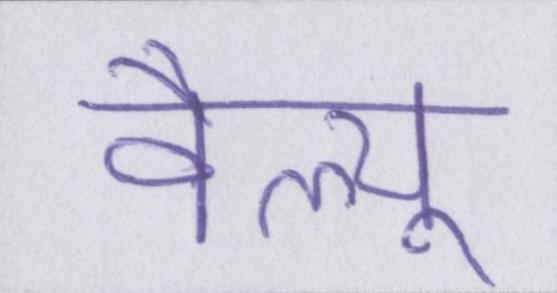
वैल्यू